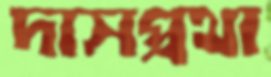
দাসপ্রথা